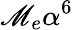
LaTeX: \mathscr{M}_{e}\alpha^{6}